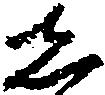
し